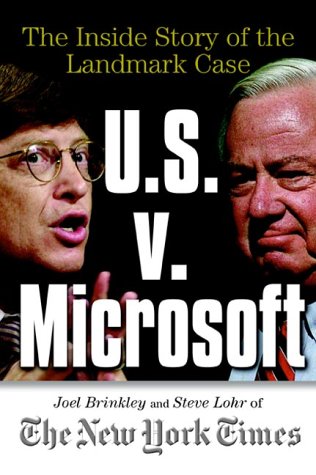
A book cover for U.S. V. Microsoft: The Inside Story of the Landmark Case; Joel Brinkley; Business & Money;